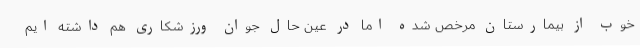
خوب از بیمارستان مرخص شده اما در عین حال جوان ورزشکاری هم داشته ایم